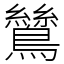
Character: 鷥